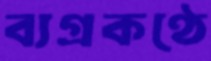
ব্যগ্রকণ্ঠে